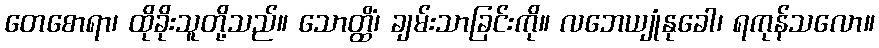
တေစောရာ၊ ထိုခိုးသူတို့သည်။ သောတ္ထိံ၊ ချမ်းသာခြင်းကို။ လဘေယျုံနုခေါ၊ ရကုန်သလော။